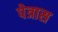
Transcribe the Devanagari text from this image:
पेत्रास